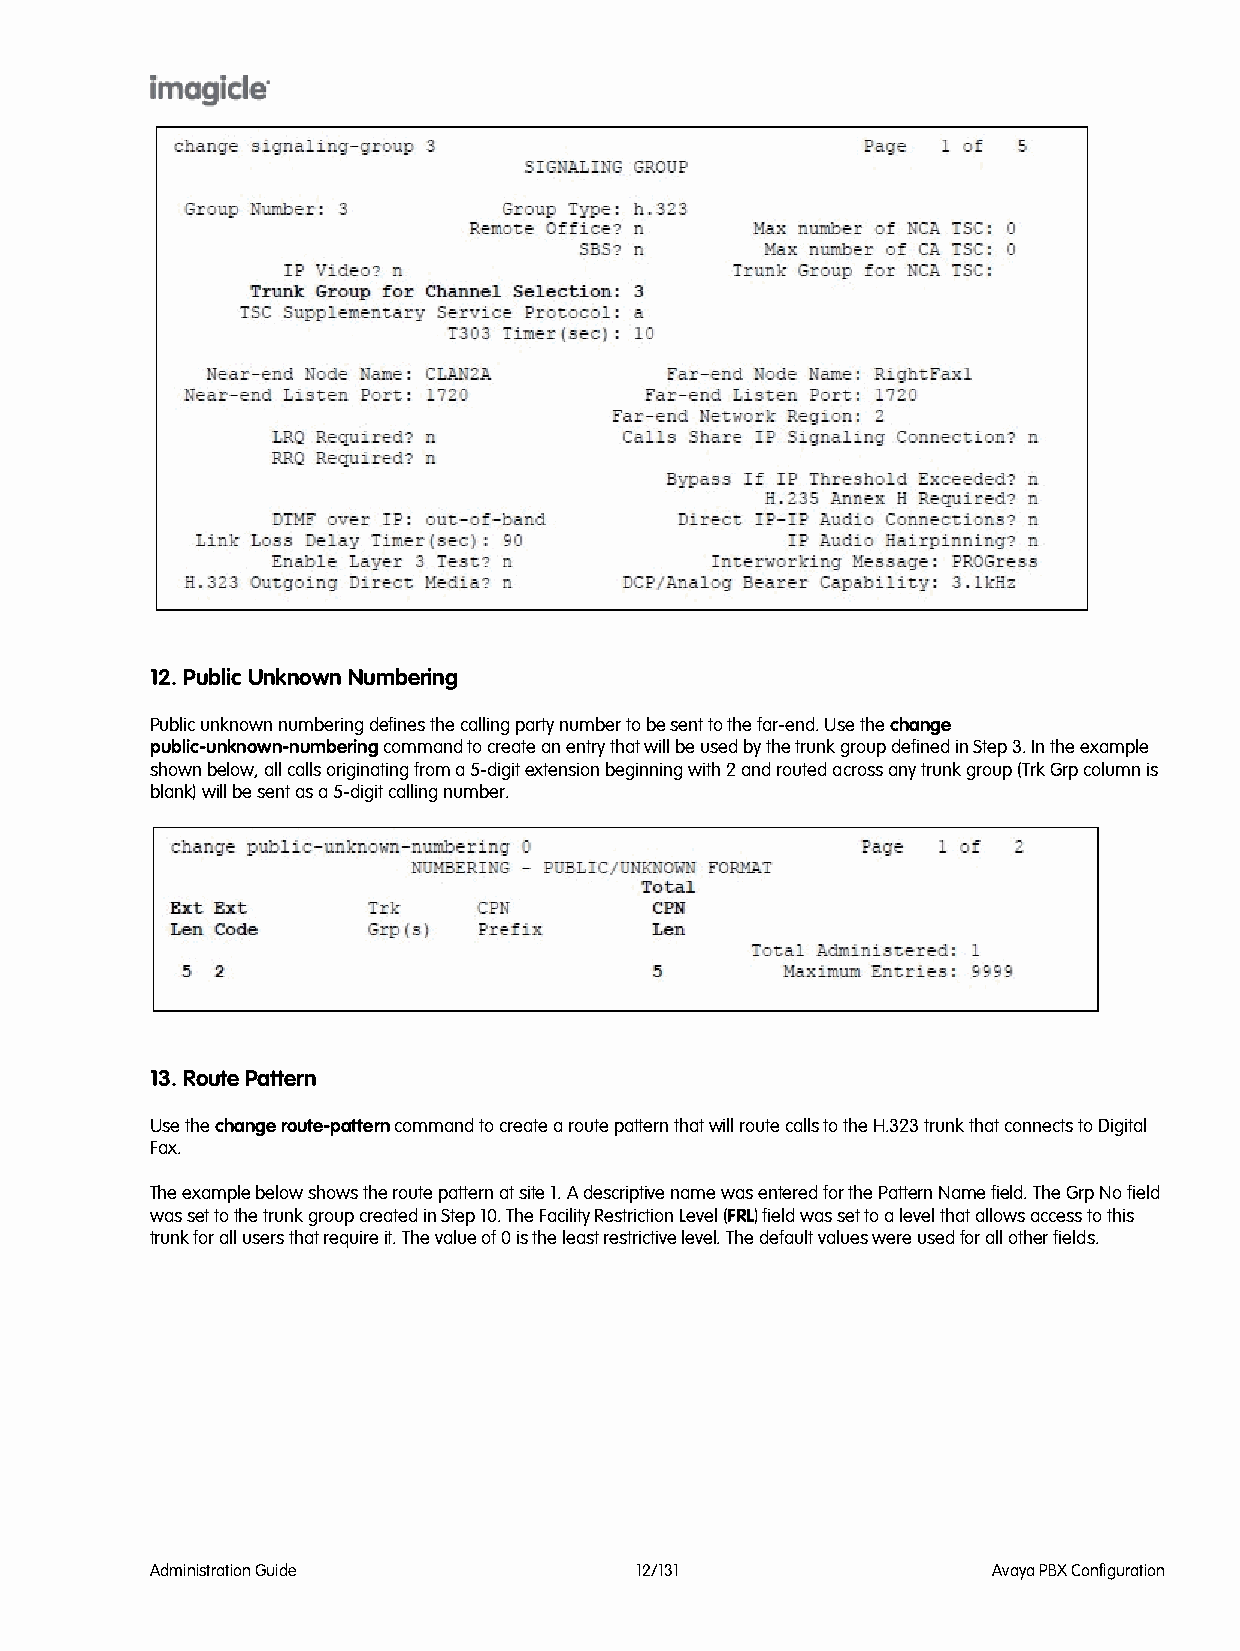
12. Public Unknown Numbering
 Public unknown numbering defines the calling party number to be sent to the far-end. Use the change
 public-unknown-numbering command to create an entry that will be used by the trunk group defined in Step 3. In the example
 shown below, all calls originating from a 5-digit extension beginning with 2 and routed across any trunk group (Trk Grp column is
 blank) will be sent as a 5-digit calling number.
 13. Route Pattern
 Use the change route-pattern command to create a route pattern that will route calls to the H.323 trunk that connects to Digital
 Fax.
 The example below shows the route pattern at site 1. A descriptive name was entered for the Pattern Name field. The Grp No field
 was set to the trunk group created in Step 10. The Facility Restriction Level (FRL) field was set to a level that allows access to this
 trunk for all users that require it. The value of 0 is the least restrictive level. The default values were used for all other fields.
 Administration Guide            12/131                  Avaya PBX Configuration